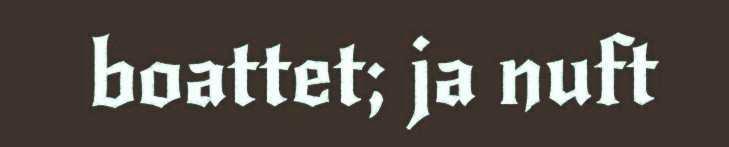
boattet; ja nuft